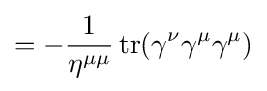
=-{\frac {1}{\eta ^{\mu \mu }}}\operatorname {tr} (\gamma ^{\nu }\gamma ^{\mu }\gamma ^{\mu })